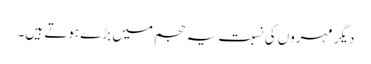
دیگر مہروں کی نسبت یہ حجم میں بڑے ہوتے ہیں۔